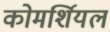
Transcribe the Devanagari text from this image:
कोमर्शियल